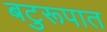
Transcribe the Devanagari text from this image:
बटुरूपात